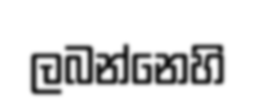
ලබන්නෙහි